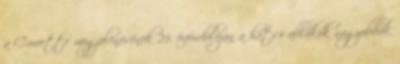
a Corvette megjelenésének 25. évfordulóján a hátsó ablakok nagyobbak